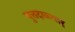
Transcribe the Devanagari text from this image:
पुत्तदाळ्वार्